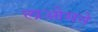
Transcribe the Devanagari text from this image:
लाओसने